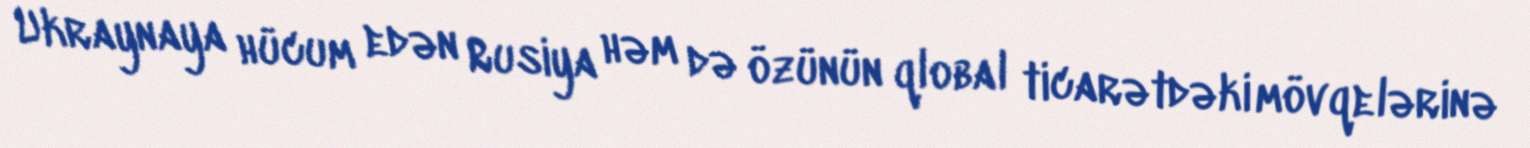
Ukraynaya hücum edən Rusiya həm də özünün qlobal ticarətdəki mövqelərinə